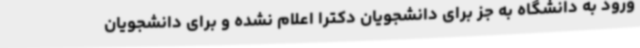
ورود به دانشگاه به جز برای دانشجویان دکترا اعلام نشده و برای دانشجویان